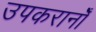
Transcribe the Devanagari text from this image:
उपकरानोँ